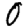
Digit: 0